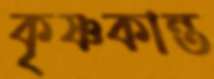
কৃষ্ণকান্ত